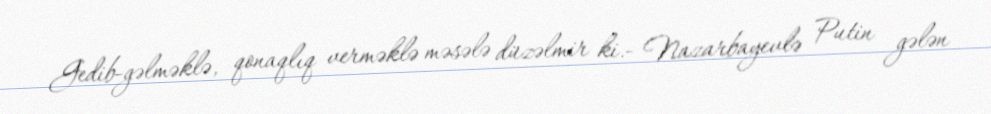
Gedib-gəlməklə, qonaqlıq verməklə məsələ düzəlmir ki.- Nazarbayevlə Putin gələn